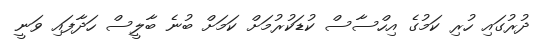
ދުރުގައި ހުރި ކަމުގެ އިހްސާސް ކުޑަކުރުމަށް ކަމަށް ބުނެ ބާލީސް ހަދާފައި ވަނީ